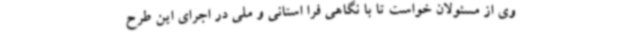
وی از مسئولان خواست تا با نگاهی فرا استانی و ملی در اجرای این طرح